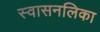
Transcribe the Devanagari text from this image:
स्वासनलिका